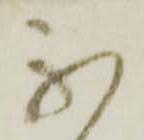
不